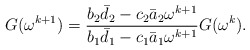
\begin{align*}G(\omega^{k+1}) =\frac{b_{2}\bar{d}_{2}-c_{2}\bar{a}_{2}\omega^{k+1}}{b_{1}\bar{d}_{1}-c_{1}\bar{a}_{1}\omega^{k+1}} G(\omega^{k}).\end{align*}